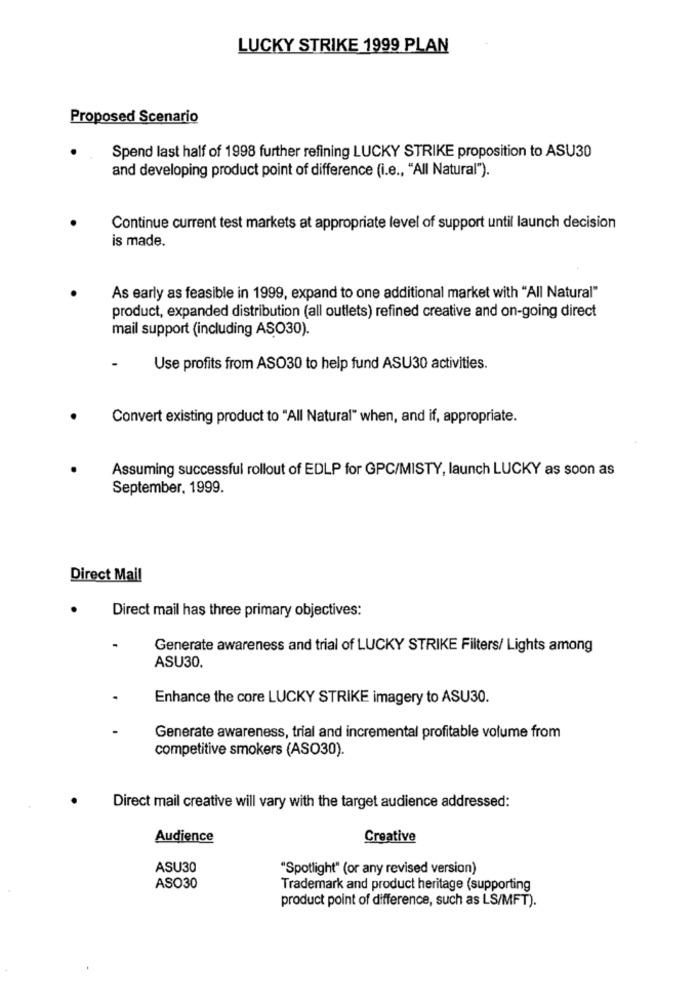
LUCKY STRIKE 1999 PLAN
Proposed Scenario
Spend last half of 1998 further refining LUCKY STRIKE proposition to ASU30
and developing product point of difference (i.e ., "All Natural").
Continue current test markets at appropriate level of support until launch decision
is made.
As early as feasible in 1999, expand to one additional market with "All Natural"
product, expanded distribution (all outlets) refined creative and on-going direct
mail support (including ASO30).
Use profits from ASO30 to help fund ASU30 activities.
Convert existing product to "All Natural" when, and if, appropriate.
Assuming successful rollout of EDLP for GPC/MISTY, launch LUCKY as soon as
September, 1999.
Direct Mail
Direct mail has three primary objectives:
Generate awareness and trial of LUCKY STRIKE Filters/ Lights among
ASU30.
Enhance the core LUCKY STRIKE imagery to ASU30.
Generate awareness, trial and incremental profitable volume from
competitive smokers (ASO30).
Direct mail creative will vary with the target audience addressed:
Audience
Creative
ASU30
"Spotlight" (or any revised version)
ASO30
Trademark and product heritage (supporting
product point of difference, such as LS/MFT).